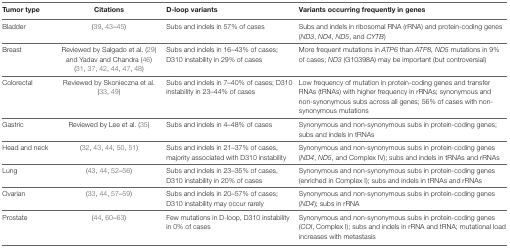
| Tumor type | Citations | D-loop variants | Variants occurring frequently in genes |
 | --- | --- | --- | --- |
 | Bladder | (39, 43–45) | Subs and indels in 57% of cases | Subs and indels in ribosomal RNA (rRNA) and protein-coding genes (ND3, ND4, ND5, and CYTB) |
 | Breast | Reviewed by Salgado et al. (29) and Yadav and Chandra (46) (31, 37, 42, 44, 47, 48) | Subs and indels in 16–43% of cases; D310 instability in 29% of cases | More frequent mutations in ATP6 than ATP8, ND5 mutations in 9% of cases; ND3 (G10398A) may be important (but controversial) |
 | Colorectal | Reviewed by Skonieczna et al. (33, 49) | Subs and indels in 7–40% of cases; D310 instability in 23–44% of cases | Low frequency of mutation in protein-coding genes and transfer RNAs (tRNAs) with higher frequency in rRNAs; synonymous and non-synonymous subs across all genes; 56% of cases with non-synonymous mutations |
 | Gastric | Reviewed by Lee et al. (35) | Subs and indels in 4–48% of cases | Synonymous and non-synonymous subs in protein-coding genes; subs and indels in tRNAs |
 | Head and neck | (32, 43, 44, 50, 51) | Subs and indels in 21–37% of cases, majority associated with D310 instability | Synonymous and non-synonymous subs in protein-coding genes (ND4, ND5, and Complex IV); subs and indels in tRNAs and rRNAs |
 | Lung | (43, 44, 52–56) | Subs and indels in 23–35% of cases, D310 instability in 20% of cases | Synonymous and non-synonymous subs in protein-coding genes (enriched in Complex I); subs and indels in tRNAs and rRNAs |
 | Ovarian | (33, 44, 57–59) | Subs and indels in 20–57% of cases; D310 instability may occur rarely | Synonymous and non-synonymous subs in protein-coding genes (ND4); subs in rRNA |
 | Prostate | (44, 60–63) | Few mutations in D-loop, D310 instability in 0% of cases | Synonymous and non-synonymous subs in protein-coding genes (COI, Complex I); subs and indels in rRNA and tRNA; mutational load increases with metastasis |